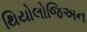
થિયોલોજિઅન